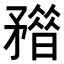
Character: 𥎏